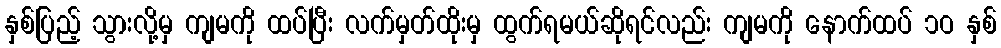
နှစ်ပြည့် သွားလို့မှ ကျမကို ထပ်ပြီး လက်မှတ်ထိုးမှ ထွက်ရမယ်ဆိုရင်လည်း ကျမကို နောက်ထပ် ၁ဝ နှစ်